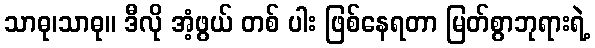
သာဓု၊သာဓု။ ဒီလို အံ့ဖွယ် တစ် ပါး ဖြစ်နေရတာ မြတ်စွာဘုရားရဲ့